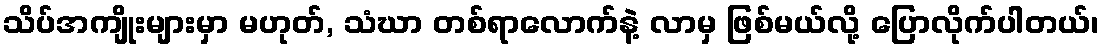
သိပ်အကျိုးများမှာ မဟုတ်, သံဃာ တစ်ရာလောက်နဲ့ လာမှ ဖြစ်မယ်လို့ ပြောလိုက်ပါတယ်၊